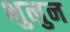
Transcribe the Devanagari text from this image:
भुलुन